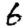
Digit: 6